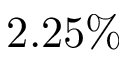
2 . 2 5 \%